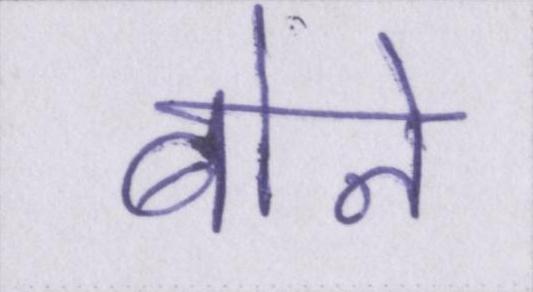
बोन